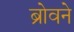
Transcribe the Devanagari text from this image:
ब्रोवने